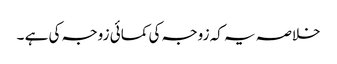
خلاصہ یہ کہ زوجہ کی کمائی زوجہ کی ہے ۔